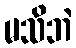
မသိဘဲ